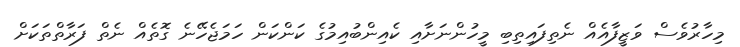
މިހާރުވެސް ވަޒީފާއެއް ނެތިފައިތިބި މީހުންނަށާއި ކެއިންބުއިމުގެ ކަންކަން ހަމަޖެހޭނެ ގޮތެއް ނެތް ފަރާތްތަކަށް